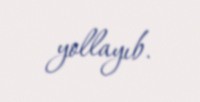
yollayıb.